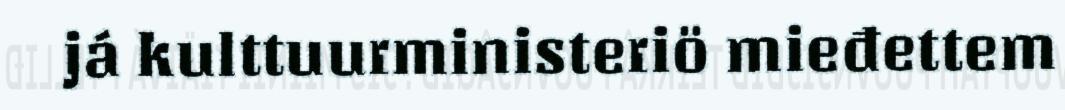
já kulttuurministeriö mieđettem